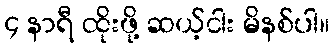
၄ နာရီ ထိုးဖို့ ဆယ့်ငါး မိနစ်ပါ။